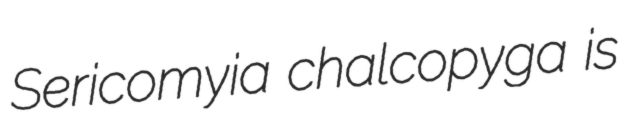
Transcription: Sericomyia chalcopyga is